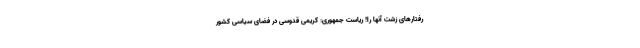
رفتارهای زشت آنها را! ریاست جمهوری: کریمی قدوسی در فضای سیاسی کشور